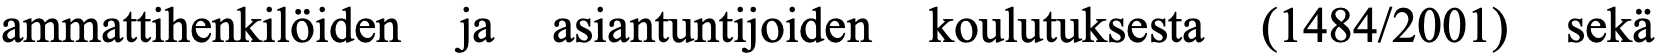
ammattihenkilöiden ja asiantuntijoiden koulutuksesta (1484/2001) sekä